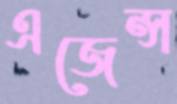
এজেন্স